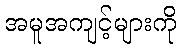
အမူအကျင့်များကို